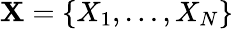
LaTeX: \mathbf{X}=\{ X_{1},\ldots,X_{N}\}